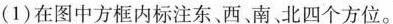
(1)在图中方框内标注东、西、南、北四个方位。